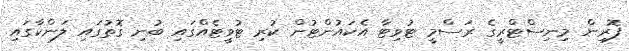
ފޮރިން މިނިސްޓްރީގެ ރަސްމީ ޓުވިޓާ އެކައުންޓުން ކުރި ޓުވީޓެއްގައި ބުނި ގޮތުގައި ލަންކާގައި